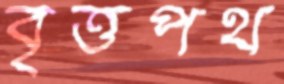
বৃত্তপথ